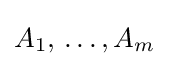
A_{1},\,\dots ,A_{m}